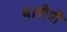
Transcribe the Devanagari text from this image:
धारीत्री